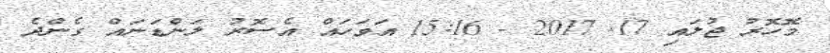
މޮހޮރު ޖުލައި 17